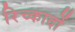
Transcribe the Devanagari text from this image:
रिच्कार्दो